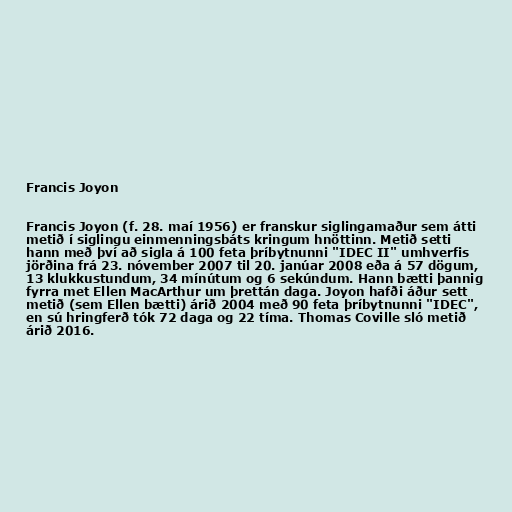
Francis Joyon

Francis Joyon (f. 28. maí 1956) er franskur siglingamaður sem átti
metið í siglingu einmenningsbáts kringum hnöttinn. Metið setti
hann með því að sigla á 100 feta þríbytnunni "IDEC II" umhverfis
jörðina frá 23. nóvember 2007 til 20. janúar 2008 eða á 57 dögum,
13 klukkustundum, 34 mínútum og 6 sekúndum. Hann bætti þannig
fyrra met Ellen MacArthur um þrettán daga. Joyon hafði áður sett
metið (sem Ellen bætti) árið 2004 með 90 feta þríbytnunni "IDEC",
en sú hringferð tók 72 daga og 22 tíma. Thomas Coville sló metið
árið 2016.